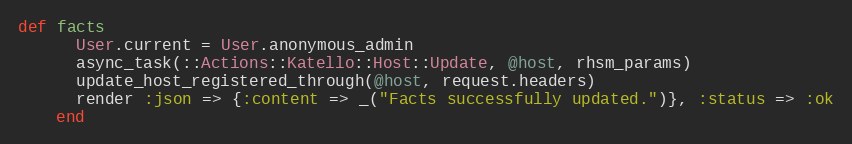
Language: Ruby
def facts
      User.current = User.anonymous_admin
      async_task(::Actions::Katello::Host::Update, @host, rhsm_params)
      update_host_registered_through(@host, request.headers)
      render :json => {:content => _("Facts successfully updated.")}, :status => :ok
    end